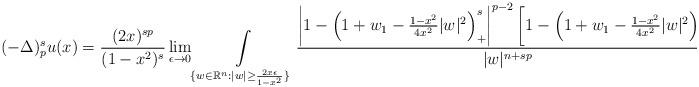
LaTeX: \begin{align*}\begin{aligned}(-\Delta)^s_pu(x)&=\frac{(2x)^{sp}}{(1-x^2)^s}\lim_{\epsilon\rightarrow0}\int\limits_{\{w\in\mathbb{R}^n: |w|\geq\frac{2x\epsilon}{1-x^2} \}}\frac{\left|1-\left(1+w_1-\frac{1-x^2}{4x^2}|w|^2\right)^s_+\right|^{p-2}\left[1-\left(1+w_1-\frac{1-x^2}{4x^2}|w|^2\right)^s_+\right]}{|w|^{n+sp}}\mathrm{d}w.\end{aligned}\end{align*}